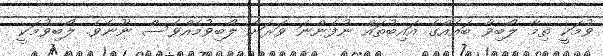
ވުމަކީ ތިމާ ލޯބިވާ ބައެއްގެ އައިބުތައް ނުފެންނަ ވަރަށް ލޯބިވުމެއްވެސް ނޫނެވެ. ލޯބިވުމަކީ